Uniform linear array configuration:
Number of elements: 12
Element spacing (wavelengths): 0.5
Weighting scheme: exponential
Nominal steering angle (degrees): -15
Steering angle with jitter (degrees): -14.298
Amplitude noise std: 0.05
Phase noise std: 0.05

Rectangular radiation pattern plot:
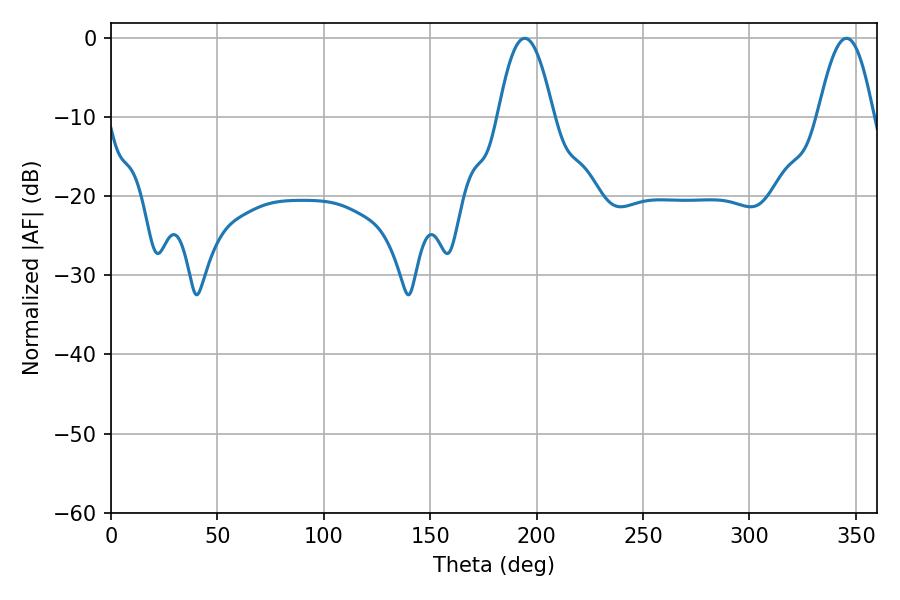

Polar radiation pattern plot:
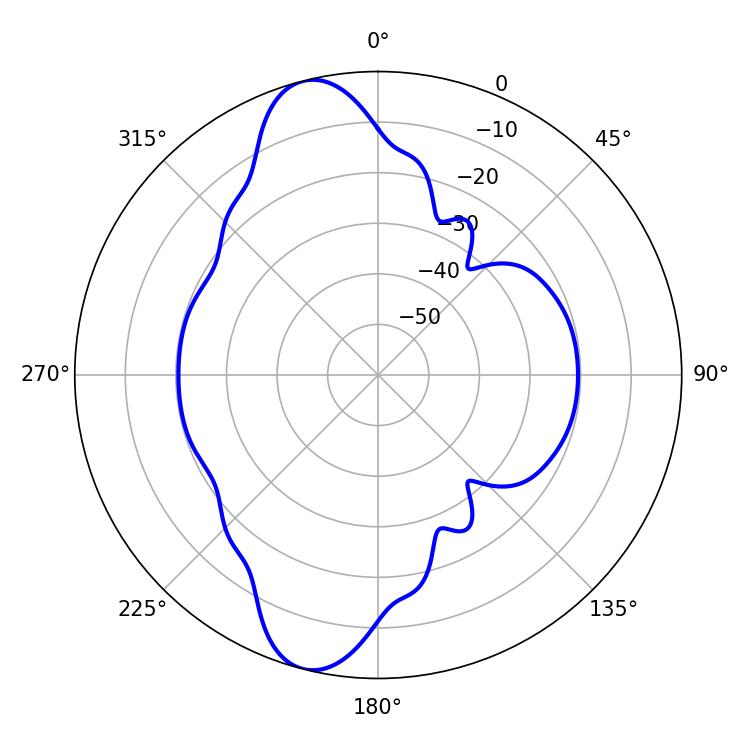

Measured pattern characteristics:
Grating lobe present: FALSE
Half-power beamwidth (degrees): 14.04
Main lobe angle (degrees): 194.4